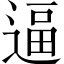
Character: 逼